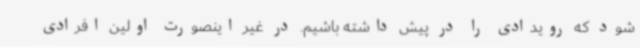
شود که رویدادی را در پیش داشته باشیم. در غیر اینصورت اولین افرادی